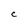
Character: c